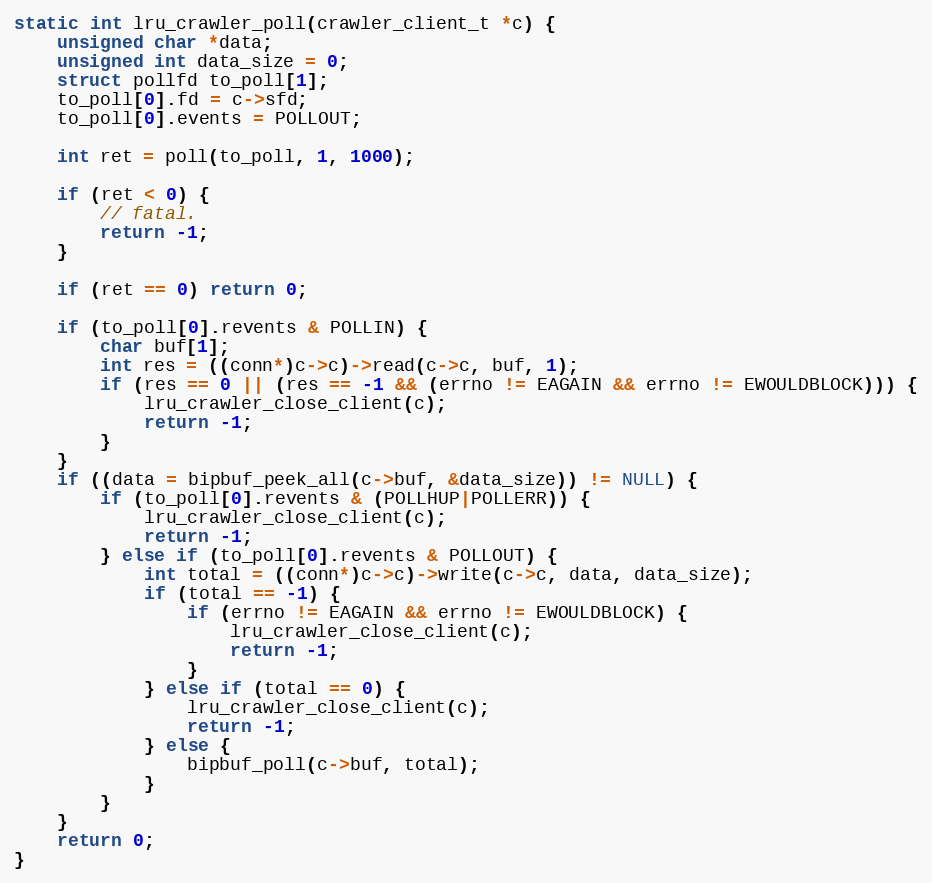
Language: C
static int lru_crawler_poll(crawler_client_t *c) {
    unsigned char *data;
    unsigned int data_size = 0;
    struct pollfd to_poll[1];
    to_poll[0].fd = c->sfd;
    to_poll[0].events = POLLOUT;

    int ret = poll(to_poll, 1, 1000);

    if (ret < 0) {
        // fatal.
        return -1;
    }

    if (ret == 0) return 0;

    if (to_poll[0].revents & POLLIN) {
        char buf[1];
        int res = ((conn*)c->c)->read(c->c, buf, 1);
        if (res == 0 || (res == -1 && (errno != EAGAIN && errno != EWOULDBLOCK))) {
            lru_crawler_close_client(c);
            return -1;
        }
    }
    if ((data = bipbuf_peek_all(c->buf, &data_size)) != NULL) {
        if (to_poll[0].revents & (POLLHUP|POLLERR)) {
            lru_crawler_close_client(c);
            return -1;
        } else if (to_poll[0].revents & POLLOUT) {
            int total = ((conn*)c->c)->write(c->c, data, data_size);
            if (total == -1) {
                if (errno != EAGAIN && errno != EWOULDBLOCK) {
                    lru_crawler_close_client(c);
                    return -1;
                }
            } else if (total == 0) {
                lru_crawler_close_client(c);
                return -1;
            } else {
                bipbuf_poll(c->buf, total);
            }
        }
    }
    return 0;
}